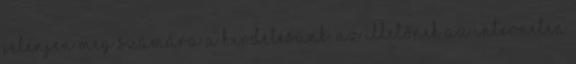
jelenjen meg számára a hirdetésünk. Az illetőnek az interneten